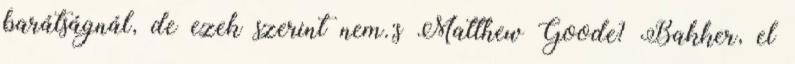
barátságnál, de ezek szerint nem.:s Matthew Goode? Bakker, el